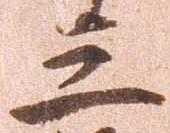
三